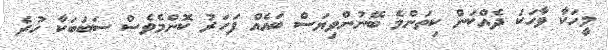
މީހަކާ ވާހަކަ ދެއްކަން ކިތަންމެ ބޭނުންވިޔަސް ބައެއް ފަހަރު ކޮންމެވެސް ސަބަބަކާ ހުރެ